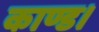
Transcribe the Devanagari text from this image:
काण्ड।